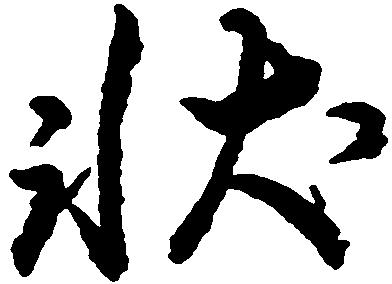
状